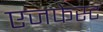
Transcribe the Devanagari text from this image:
एजफेस्ट